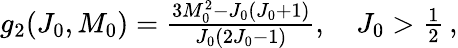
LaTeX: \begin{array}{r}{g_{2}(J_{0},M_{0})=\frac{3M_{0}^{2}-J_{0}(J_{0}+1)}{J_{0}(2J_{0}-1)},\quad J_{0}>\frac{1}{2}\, ,}\end{array}